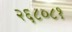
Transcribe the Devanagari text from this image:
२६८०८१